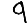
Digit: 9